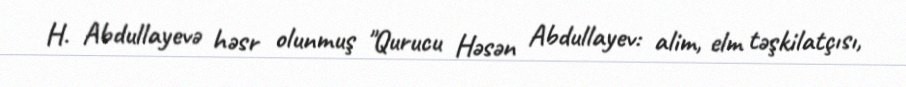
H. Abdullayevə həsr olunmuş "Qurucu Həsən Abdullayev: alim, elm təşkilatçısı,